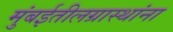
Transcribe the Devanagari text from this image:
मुंबईतीलग्रास्‍थांना